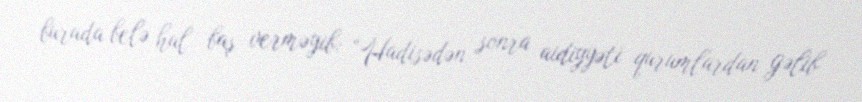
burada belə hal baş verməyib: “Hadisədən sonra aidiyyəti qurumlardan gəlib